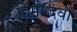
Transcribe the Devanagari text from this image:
हिमोद्भवा